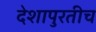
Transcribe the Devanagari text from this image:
देशापुरतीच